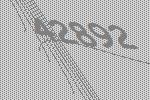
42892